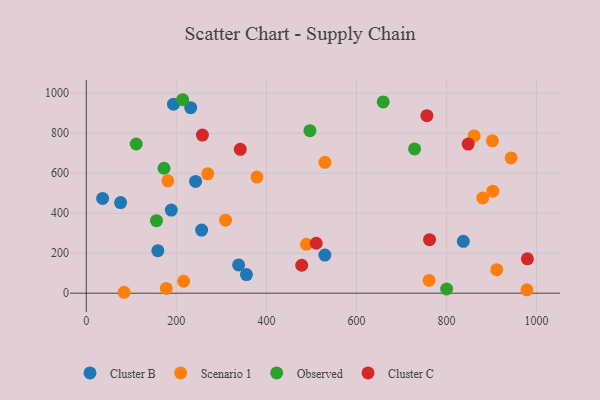
{"axis": {"x": "Ad Spend", "y": "Demand"}, "legend": ["Cluster B", "Cluster C", "Observed", "Scenario 1"], "data": [{"x": "76.2", "y": 453.0, "type": "Cluster B"}, {"x": "355.7", "y": 92.9, "type": "Cluster B"}, {"x": "837.3", "y": 259.5, "type": "Cluster B"}, {"x": "231.9", "y": 927.7, "type": "Cluster B"}, {"x": "193.7", "y": 945.1, "type": "Cluster B"}, {"x": "158.9", "y": 212.9, "type": "Cluster B"}, {"x": "338.3", "y": 141.6, "type": "Cluster B"}, {"x": "242.7", "y": 559.2, "type": "Cluster B"}, {"x": "36.3", "y": 473.9, "type": "Cluster B"}, {"x": "188.8", "y": 415.7, "type": "Cluster B"}, {"x": "256.2", "y": 315.7, "type": "Cluster B"}, {"x": "529.9", "y": 190.4, "type": "Cluster B"}, {"x": "489.1", "y": 244.2, "type": "Scenario 1"}, {"x": "861.3", "y": 786.5, "type": "Scenario 1"}, {"x": "177.7", "y": 24.1, "type": "Scenario 1"}, {"x": "379.0", "y": 580.5, "type": "Scenario 1"}, {"x": "84.0", "y": 4.6, "type": "Scenario 1"}, {"x": "216.2", "y": 59.8, "type": "Scenario 1"}, {"x": "978.5", "y": 17.1, "type": "Scenario 1"}, {"x": "269.8", "y": 597.0, "type": "Scenario 1"}, {"x": "902.9", "y": 510.4, "type": "Scenario 1"}, {"x": "761.4", "y": 63.7, "type": "Scenario 1"}, {"x": "943.4", "y": 676.6, "type": "Scenario 1"}, {"x": "911.6", "y": 117.8, "type": "Scenario 1"}, {"x": "530.1", "y": 654.4, "type": "Scenario 1"}, {"x": "901.9", "y": 762.1, "type": "Scenario 1"}, {"x": "181.2", "y": 562.2, "type": "Scenario 1"}, {"x": "309.4", "y": 365.2, "type": "Scenario 1"}, {"x": "880.5", "y": 476.0, "type": "Scenario 1"}, {"x": "155.9", "y": 362.5, "type": "Observed"}, {"x": "800.3", "y": 21.0, "type": "Observed"}, {"x": "729.1", "y": 721.3, "type": "Observed"}, {"x": "110.9", "y": 746.2, "type": "Observed"}, {"x": "496.7", "y": 812.9, "type": "Observed"}, {"x": "214.1", "y": 967.6, "type": "Observed"}, {"x": "659.4", "y": 956.6, "type": "Observed"}, {"x": "172.6", "y": 625.0, "type": "Observed"}, {"x": "756.5", "y": 888.0, "type": "Cluster C"}, {"x": "979.6", "y": 172.1, "type": "Cluster C"}, {"x": "342.0", "y": 719.4, "type": "Cluster C"}, {"x": "762.3", "y": 267.5, "type": "Cluster C"}, {"x": "478.5", "y": 139.8, "type": "Cluster C"}, {"x": "510.7", "y": 249.7, "type": "Cluster C"}, {"x": "257.9", "y": 790.6, "type": "Cluster C"}, {"x": "848.1", "y": 745.7, "type": "Cluster C"}]}